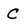
Character: C